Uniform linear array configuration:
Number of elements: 16
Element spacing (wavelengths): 1
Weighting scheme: blackman
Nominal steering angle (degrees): -30
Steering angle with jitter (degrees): -29.072
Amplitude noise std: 0.05
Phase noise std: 0.05

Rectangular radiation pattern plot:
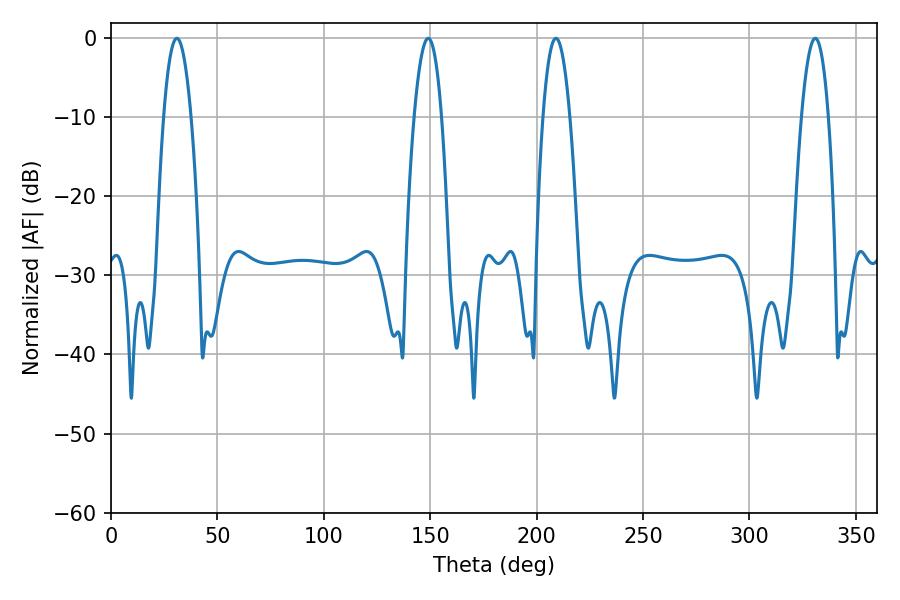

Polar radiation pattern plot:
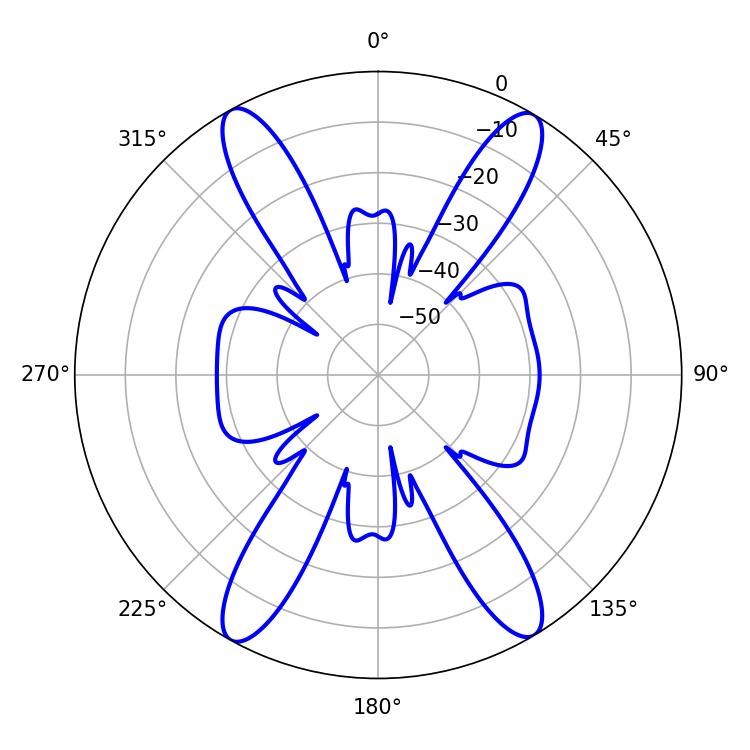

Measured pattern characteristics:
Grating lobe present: TRUE
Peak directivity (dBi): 22.895
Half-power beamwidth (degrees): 7.02
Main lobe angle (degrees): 30.96